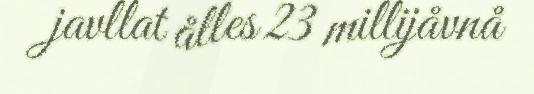
javllat ålles 23 millijåvnå